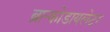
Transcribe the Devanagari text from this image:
ब्रान्कोडायलेटर